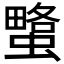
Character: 𧐯